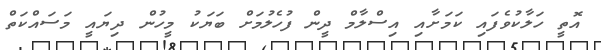
އޮތީ ހަލާކުވެފައި ކަމަށާއި އިސްލާމް ދީން ފުހެލުމަށް ބަޔަކު މީހުން ދިޔައީ މަސައްކަތް